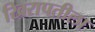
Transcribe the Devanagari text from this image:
खिरापतीला